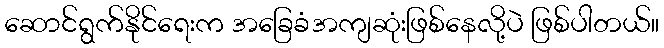
ဆောင်ရွက်နိုင်ရေးက အခြေခံအကျဆုံးဖြစ်နေလို့ပဲ ဖြစ်ပါတယ်။